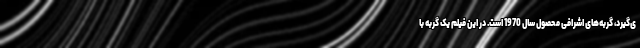
ی‌گیرد، گربه‌های اشرافی محصول سال 1970 است. در این فیلم یک گربه با